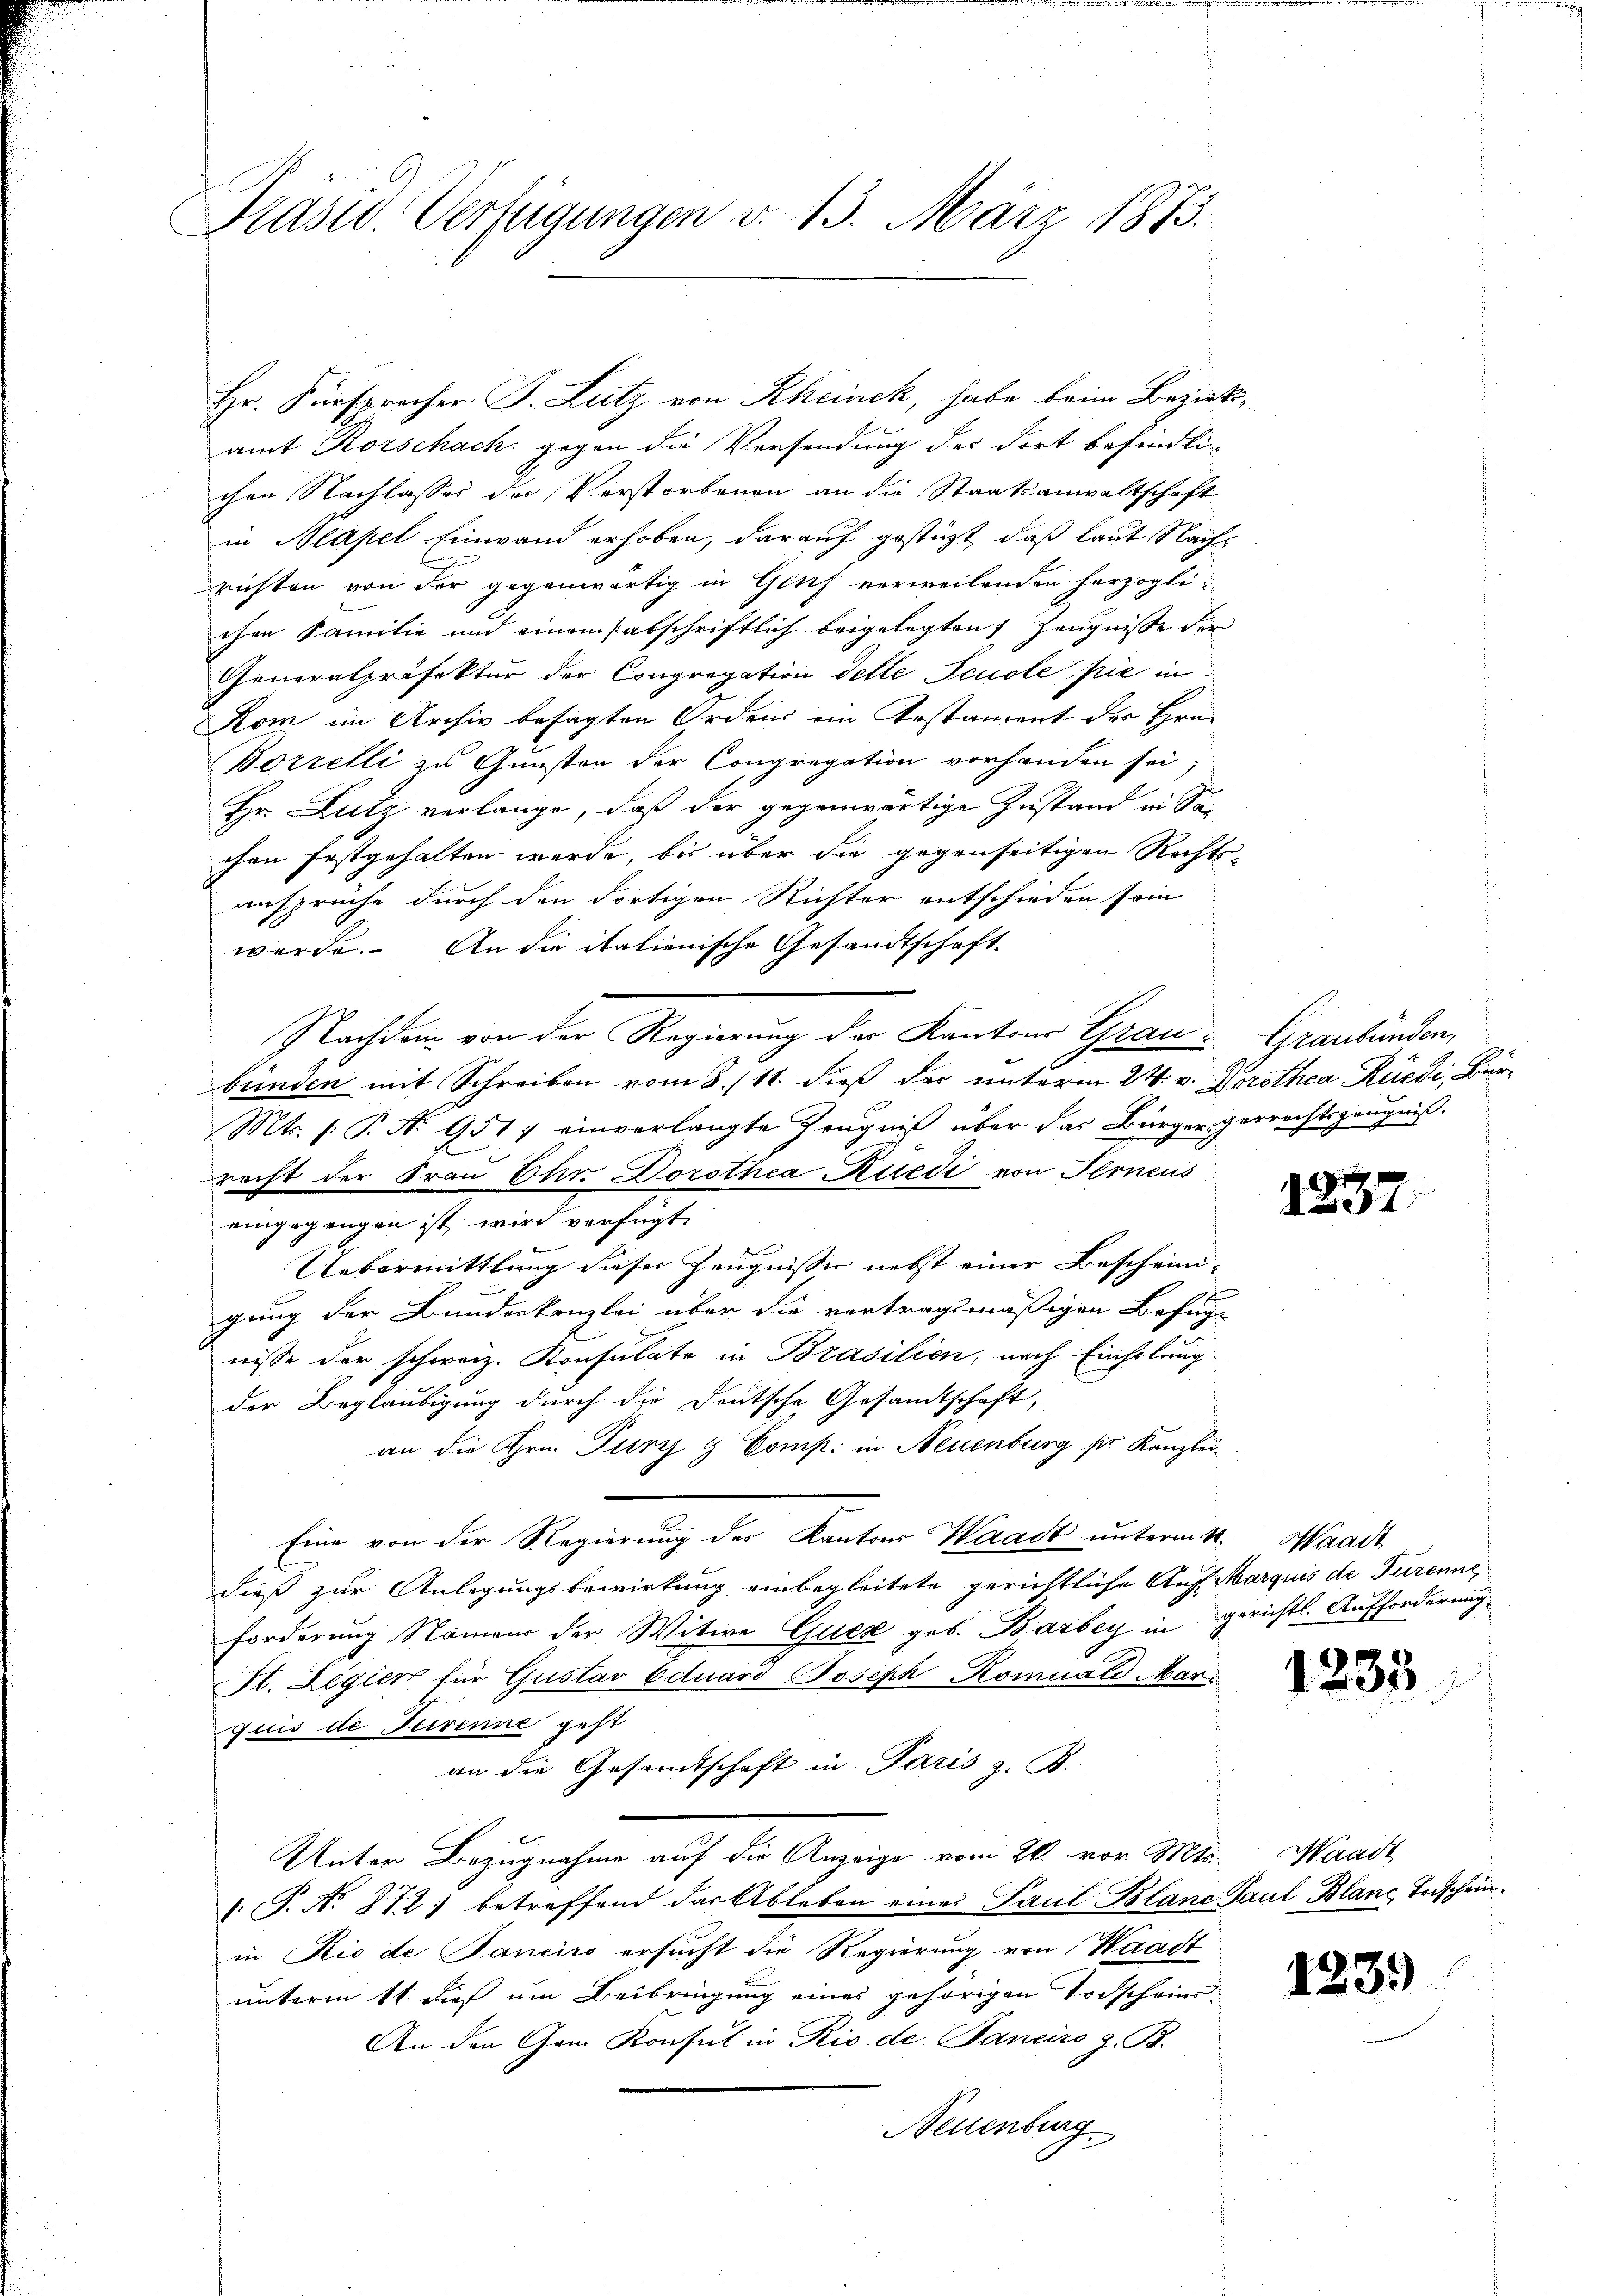
Prast. Verfügungen v. 13. März 1873.

amt Korschach, gegen die Versendung der dort befindli-
chen Nachlasses der Verstorbenen an die Staatsanwaltschaft
in Mlapel Einwand erhoben, darauf gestüzt, daß laut Nachs
richten von der gegenwärtig in Gluf verweilenden herzoglichen Familie und einem abschriftlich beigelegten Zeugnisse der
Generalpräfektur der Congregation delle Feuole pie in
Kom im Archiv besagten Orden ein Erstament der Hrn.
Borrelli zu Gunsten der Congregation vorhanden sei;
Hr. Lutz verlange, daß der gegenwärtige Zustand in Sanchen festgehalten werde, bis über die gegenseitigen Rechts-
ansprüche durch den dortigen Richter entschieden sein |
werde. An die italienische Gesandtschaft
J Lachdem von der Regierung der Kantons Grau. Graubünden,
bunden mit Schreiben vom 8./11. dieß das unterm 24. v. Dorothea Rüedi, Bür¬
Mts. s. P. N. 9517 einverlangte Zeugniß über das Bürgergerrechtszeugniß.
recht der Frau Dr. Dorothea Ruedi von Terneus
eingegangen ist, wird verfügt:
Uebermittlung dieser Zeugnisser nebst einer Bescheini-
gung der Bundeskanzlei über die vertragsmäßigen Befug-
nisse der schweiz. Konsulate in Brasilien, nach Einholung
der Beglaubigung durch die Deutsche Gesandtschaft,
an die Hrn. Purz & Comp. in Neuenburg pr. Kanzlei-
Eine von der Regierung des Kantons Waadt unterm 11. Waadt
dieß zur Anlegungsbewirkung einbegleitete gerichtliche Auf Marquis de Turenne,
forderung Namen der Witwe Guicz geb. Barbey in gerichtl. Aufforderung
St. Legien für Gustav Eduard Joseph Romuald Mar
quis de Trenne geht
an die Gesandtschaft in Paris z. B.
Unter Bezugnahme auf die Anzeige vom 26. vor. Mts. Waadt
.P. Nr. 272) betreffend das Ableben eines Paul Blanc Paul Blanc, Todscheinin Rio de Panciro ersucht die Regierung von Waadt
unterm 11. dieß um Beibringung eines gehörigen Todschein
An den Gam Konsul in Rio de Pancire z. B.
Neuenburg

Hr. Fürsprocher J. Lutz von Rheinek, habe beim Bezirks¬

r
D

1235

1239)